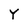
Character: Y